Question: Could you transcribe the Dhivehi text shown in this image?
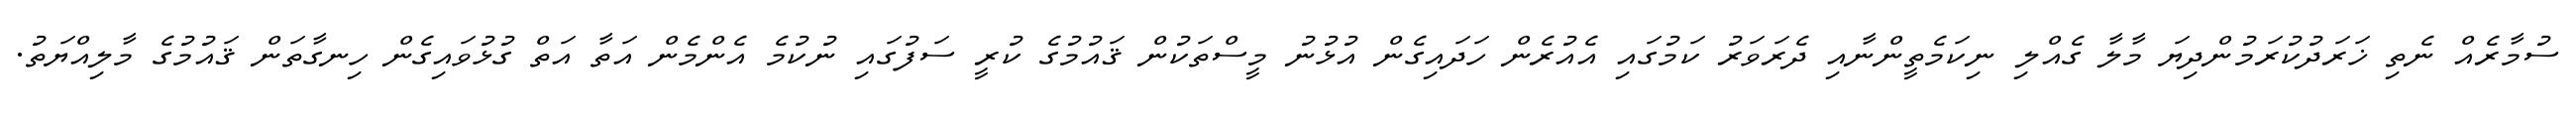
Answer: ސުމާރެއް ނެތި ޚަރަދުކުރަމުންދިޔަ މާލާ ގެއްލި ނިކަމެތީންނާއި ދެރަވަރު ކަމުގައި އެއުރެން ހަދައިގެން އުޅުނު މީސްތަކުން ޤައުމުގެ ކުރީ ސަފުގައި ނުކުމެ އެންމެން އަތާ އަތް ގުޅުވައިގެން ހިނގާތަން ޤައުމުގެ މާލިއްޔަތު.